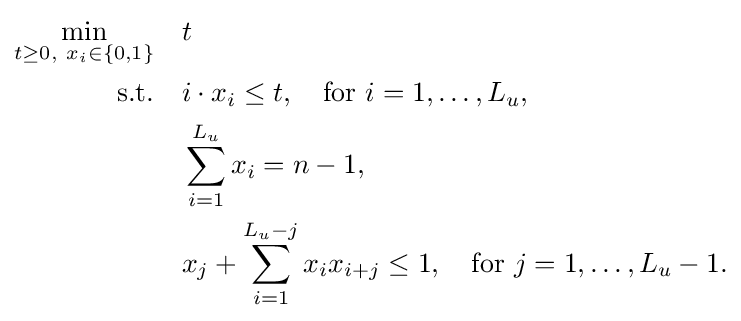
{\begin{aligned}\min _{t\geq 0,\ x_{i}\in \{0,1\}}\quad &t\\{\text{s.t.}}\quad &i\cdot x_{i}\leq t,\quad {\text{for }}i=1,\ldots ,L_{u},\\&\sum _{i=1}^{L_{u}}x_{i}=n-1,\\&x_{j}+\sum _{i=1}^{L_{u}-j}x_{i}x_{i+j}\leq 1,\quad {\text{for }}j=1,\ldots ,L_{u}-1.\end{aligned}}